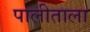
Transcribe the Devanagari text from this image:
पालीताला